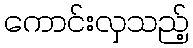
ကောင်းလှသည့်